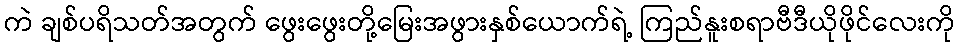
ကဲ ချစ်ပရိသတ်အတွက် ဖွေးဖွေးတို့မြေးအဖွားနှစ်ယောက်ရဲ့ ကြည်နူးစရာဗီဒီယိုဖိုင်လေးကို